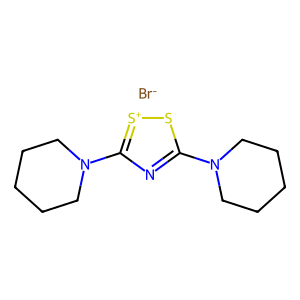
SMILES: C1CCN(c2nc(N3CCCCC3)[s+]s2)CC1.[Br-]
Inhibits HIV replication: No